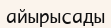
айырысады